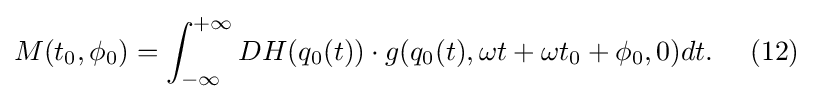
{M(t_{0},\phi _{0})=\int _{-\infty }^{+\infty }DH(q_{0}(t))\cdot g(q_{0}(t),\omega t+\omega t_{0}+\phi _{0},0)dt.~\ ~\ {(12)}}